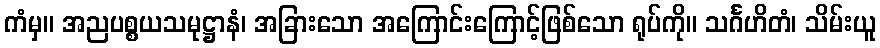
ကံမှ။ အညပစ္စယသမုဋ္ဌာနံ၊ အခြားသော အကြောင်းကြောင့်ဖြစ်သော ရုပ်ကို။ သင်္ဂဟိတံ၊ သိမ်းယူ